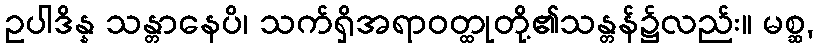
ဥပါဒိန္န သန္တာနေပိ၊ သက်ရှိအရာဝတ္ထုတို့၏သန္တန်၌လည်း။ မစ္ဆ,